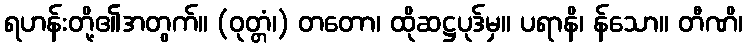
ရဟန်းတို့၏အတွက်။ (ဝုတ္တံ၊) တတော၊ ထိုဆဋ္ဌပုဒ်မှ။ ပရာနိ၊ န်သော။ တီဏိ၊